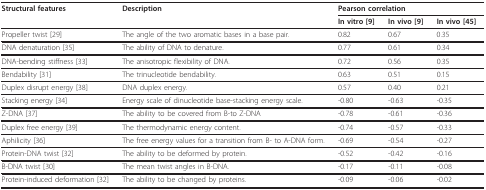
<table><thead><tr><td><b>Structural features</b></td><td><b>Description</b></td><td colspan="3"><b>Pearson correlation</b></td></tr><tr><td></td><td></td><td><b>In vitro [9]</b></td><td><b>In vivo [9]</b></td><td><b>In vivo [45]</b></td></tr></thead><tbody><tr><td>Propeller twist [29]</td><td>The angle of the two aromatic bases in a base pair.</td><td>0.82</td><td>0.67</td><td>0.35</td></tr><tr><td>DNA denaturation [35]</td><td>The ability of DNA to denature.</td><td>0.77</td><td>0.61</td><td>0.34</td></tr><tr><td>DNA-bending stiffness [33]</td><td>The anisotropic flexibility of DNA.</td><td>0.72</td><td>0.56</td><td>0.35</td></tr><tr><td>Bendability [31]</td><td>The trinucleotide bendability.</td><td>0.63</td><td>0.51</td><td>0.15</td></tr><tr><td>Duplex disrupt energy [38]</td><td>DNA duplex energy.</td><td>0.57</td><td>0.40</td><td>0.21</td></tr><tr><td>Stacking energy [34]</td><td>Energy scale of dinucleotide base-stacking energy scale.</td><td>-0.80</td><td>-0.63</td><td>-0.35</td></tr><tr><td>Z-DNA [37]</td><td>The ability to be covered from B-to Z-DNA</td><td>-0.78</td><td>-0.61</td><td>-0.36</td></tr><tr><td>Duplex free energy [39]</td><td>The thermodynamic energy content.</td><td>-0.74</td><td>-0.57</td><td>-0.33</td></tr><tr><td>Aphilicity [36]</td><td>The free energy values for a transition from B- to A-DNA form.</td><td>-0.69</td><td>-0.54</td><td>-0.27</td></tr><tr><td>Protein-DNA twist [32]</td><td>The ability to be deformed by protein.</td><td>-0.52</td><td>-0.42</td><td>-0.16</td></tr><tr><td>B-DNA twist [30]</td><td>The mean twist angles in B-DNA.</td><td>-0.17</td><td>-0.11</td><td>-0.08</td></tr><tr><td>Protein-induced deformation [32]</td><td>The ability to be changed by proteins.</td><td>-0.09</td><td>-0.06</td><td>-0.02</td></tr></tbody></table>